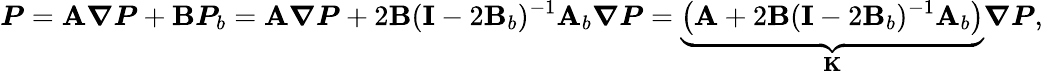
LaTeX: \boldsymbol{P}=\mathbf{A}\boldsymbol{\nabla P}+\mathbf{B}\boldsymbol{P}_{b}=\mathbf{A}\boldsymbol{\nabla P}+2\mathbf{B}(\mathbf{I}-2\mathbf{B}_{b})^{-1}\mathbf{A}_{b}\boldsymbol{\nabla P}=\underbrace{\left(\mathbf{A}+2\mathbf{B}(\mathbf{I}-2\mathbf{B}_{b})^{-1}\mathbf{A}_{b}\right)}_{\mathbf{K}}\boldsymbol{\nabla P},